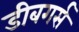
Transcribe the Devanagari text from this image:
डीबगर्स